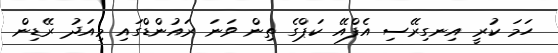
ހަމަ ކުރީ އިނގިރޭސި އެފްއޭ ކަޕްގެ ތިން ވަނަ ރައުންޑްގައި މިއަދު ރޭޑިން